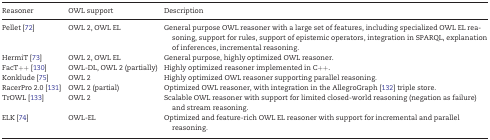
| Reasoner | OWL support | Description |
 | --- | --- | --- |
 | Pellet [72] | OWL 2, OWL EL | General purpose OWL reasoner with a large set of features, including specialized OWL EL reasoning, support for rules, support of epistemic operators, integration in SPARQL, explanation of inferences, incremental reasoning. |
 | HermiT [73] | OWL 2, OWL EL | General purpose, highly optimized OWL reasoner. |
 | FacT++ [130] | OWL-DL, OWL 2 (partially) | Highly optimized reasoner implemented in C++. |
 | Konklude [75] | OWL 2 | Highly optimized OWL reasoner supporting parallel reasoning. |
 | RacerPro 2.0 [131] | OWL 2 (partial) | Optimized OWL reasoner, with integration in the AllegroGraph [132] triple store. |
 | TrOWL [133] | OWL 2 | Scalable OWL reasoner with support for limited closed-world reasoning (negation as failure) and stream reasoning. |
 | ELK [74] | OWL-EL | Optimized and feature-rich OWL EL reasoner with support for incremental and parallel reasoning. |